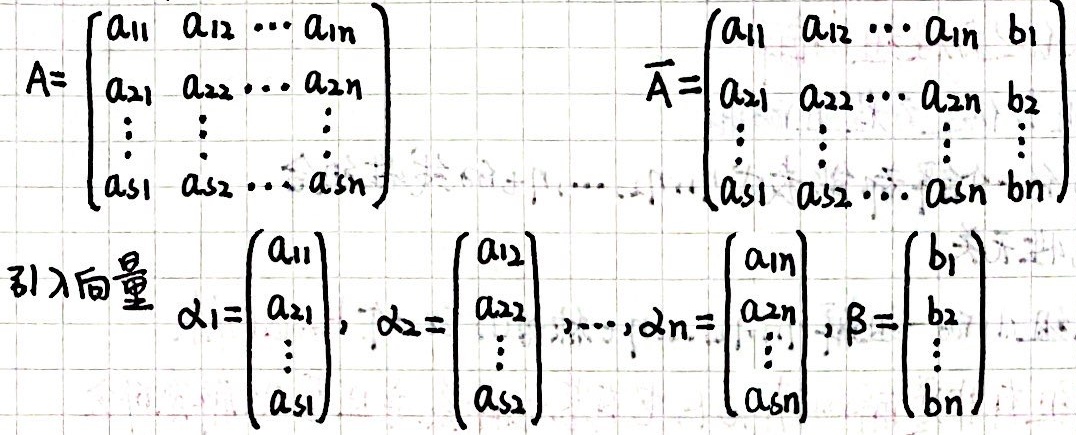
引入向量：
\[A = \begin{pmatrix}a_{11} & a_{12} & \cdots & a_{1n} \\a_{21} & a_{22} & \cdots & a_{2n} \\\vdots & \vdots & & \vdots \\a_{s1} & a_{s2} & \cdots & a_{sn}\end{pmatrix},\quad\overline{A} = \begin{pmatrix}a_{11} & a_{12} & \cdots & a_{1n} & b_1 \\a_{21} & a_{22} & \cdots & a_{2n} & b_2 \\\vdots & \vdots & & \vdots & \vdots \\a_{s1} & a_{s2} & \cdots & a_{sn} & b_n\end{pmatrix}\]
\[ \alpha_1 = \begin{pmatrix}a_{11} \\a_{21} \\\vdots \\a_{s1}\end{pmatrix}, \alpha_2 = \begin{pmatrix}a_{12} \\a_{22} \\\vdots \\a_{s2}\end{pmatrix}, \cdots, \alpha_n = \begin{pmatrix}a_{1n} \\a_{2n} \\\vdots \\a_{sn}\end{pmatrix}, \beta = \begin{pmatrix}b_1 \\b_2 \\\vdots \\b_n\end{pmatrix}\]